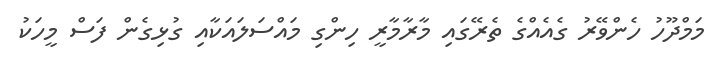
މަމްދޫހު ހެންވޭރު ގެއެއްގެ ތެރޭގައި މާރާމާރީ ހިންގި މައްސަލައަކާއި ގުޅިގެން ފަސް މީހަކު